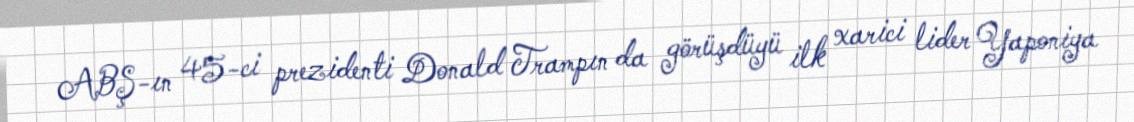
ABŞ-ın 45-ci prezidenti Donald Trampın da görüşdüyü ilk xarici lider Yaponiya